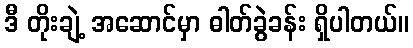
ဒီ တိုးချဲ့ အဆောင်မှာ ဓါတ်ခွဲခန်း ရှိပါတယ်။